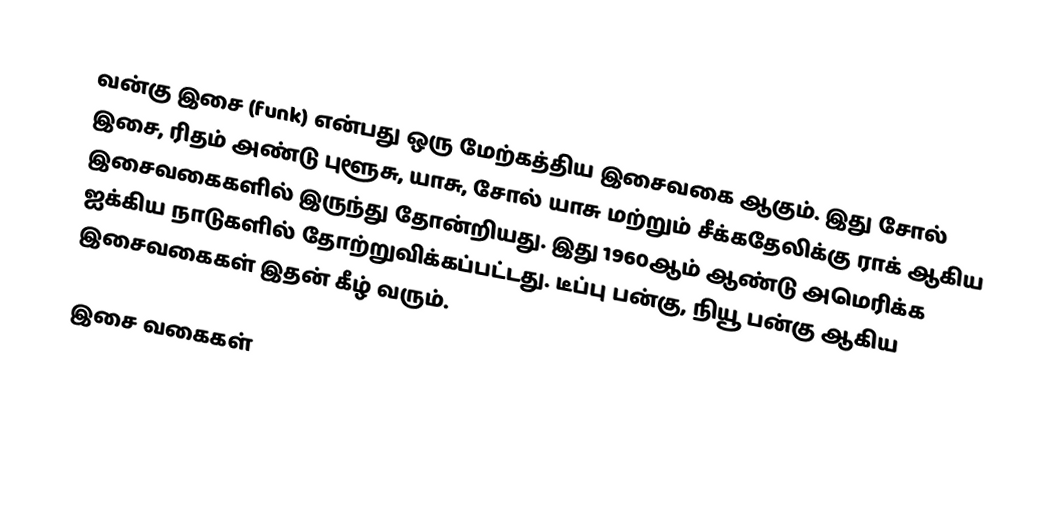
வன்கு இசை (funk) என்பது ஒரு மேற்கத்திய இசைவகை ஆகும். இது சோல் இசை, ரிதம் அண்டு புளூசு, யாசு, சோல் யாசு மற்றும் சீக்கதேலிக்கு ராக் ஆகிய இசைவகைகளில் இருந்து தோன்றியது. இது 1960ஆம் ஆண்டு அமெரிக்க ஐக்கிய நாடுகளில் தோற்றுவிக்கப்பட்டது. டீப்பு பன்கு, நியூ பன்கு ஆகிய இசைவகைகள் இதன் கீழ் வரும்.

இசை வகைகள்